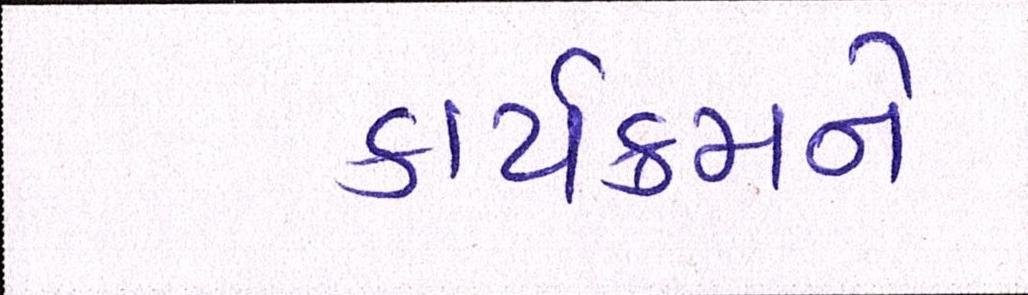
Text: કાર્યક્રમને